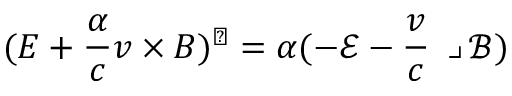
( \boldsymbol { E } + \frac { \alpha } { c } \boldsymbol { v } \times \boldsymbol { B } ) ^ { \flat } = \alpha ( - \mathscr { E } - \frac { \boldsymbol { v } } { c } \mathbin { \lrcorner } \mathscr { B } )